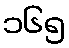
၁၆၅